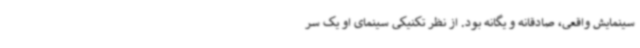
سینمایش واقعی، صادقانه و یگانه بود. از نظر تکنیکی سینمای او یک سر